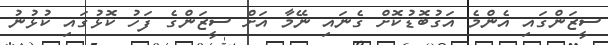
ސީޒަންގައި އެންމެ އަގުބޮޑުކޮށް ގެނައި ނޭމާ އަށް ސީޒަންގެ ފަހު ކޮޅުގައި ކުޅުނު